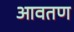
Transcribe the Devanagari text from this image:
आवतण